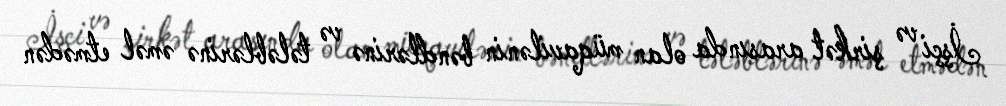
İşçi və şirkət arasında olan müqavilənin bəndlərinə və tələblərinə əməl etmədən